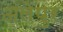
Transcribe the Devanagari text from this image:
अलेपुर